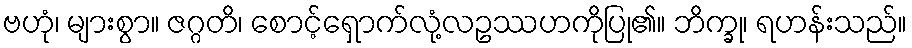
ဗဟုံ၊ များစွာ။ ဇဂ္ဂတိ၊ စောင့်ရှောက်လုံ့လဥဿဟကိုပြု၏။ ဘိက္ခု၊ ရဟန်းသည်။